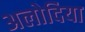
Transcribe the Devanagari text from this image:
अलोदिया